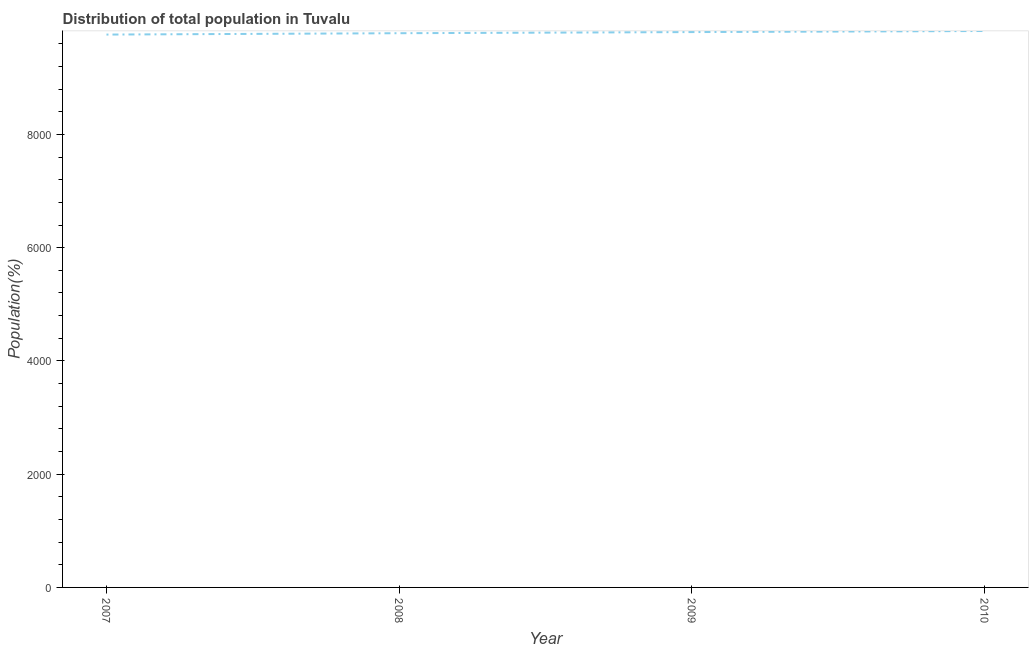
| Year | Total |
 | --- | --- |
 | 2007 | 9.76e+03 |
 | 2008 | 9.79e+03 |
 | 2009 | 9.81e+03 |
 | 2010 | 9.83e+03 |